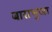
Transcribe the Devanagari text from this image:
बाराभुजा